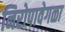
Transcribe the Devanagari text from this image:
निरोपावेगळा